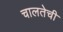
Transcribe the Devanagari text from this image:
चालतेची